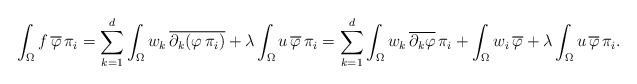
LaTeX: \begin{align*}\int_\Omega f \, \overline \varphi \, \pi_i= \sum_{k=1}^d \int_\Omega w_k \, \overline{\partial_k (\varphi \, \pi_i)} + \lambda \int_\Omega u \, \overline \varphi \, \pi_i= \sum_{k=1}^d \int_\Omega w_k \, \overline{\partial_k \varphi} \, \pi_i + \int_\Omega w_i \, \overline \varphi + \lambda \int_\Omega u \, \overline \varphi \, \pi_i. \end{align*}